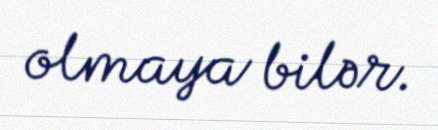
olmaya bilər.